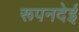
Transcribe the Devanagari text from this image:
रूपनदेई